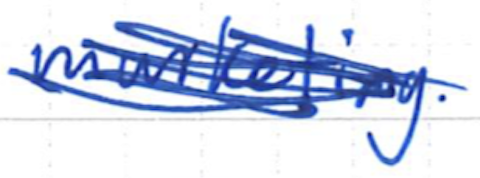
Text: marketing.
Cross-out: scratch
Writing tool: ballpoint